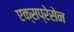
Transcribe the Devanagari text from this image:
एक्सप्रेसेन